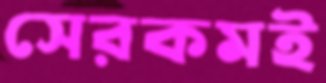
সেরকমই